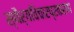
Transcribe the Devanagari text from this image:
स्थैर्यविचारप्रकरण